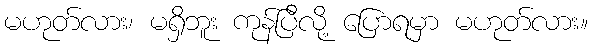
မဟုတ်လား၊ မရှိဘူး ကုန်ပြီလို့ ပြောရမှာ မဟုတ်လား။